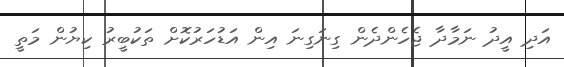
އަދި އީދު ނަމާދާ ޖެހެންދެން ގިނަގިނަ އިން އަޑުހަރުކޮށް ތަކުބީރު ކިޔުން މަތީ